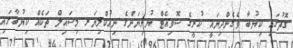
ގޮތުގައި ކިޔުބާ ވެގެންދިޔައީ ކުރީގެ ސޮވިއެޓް ޔުނިޔަންގެ ނިއުކްލިޔަރ މިސައިލް ތަކެއް ކިޔުބާގައި